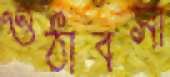
ওঠাবসা